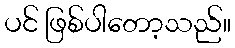
ပင် ဖြစ်ပါတော့သည်။